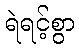
ရဲရင့်စွာ